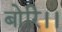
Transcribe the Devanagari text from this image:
बोरि।।